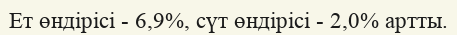
Ет өндірісі - 6,9%, сүт өндірісі - 2,0% артты.